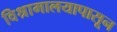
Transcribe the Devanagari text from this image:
विश्रामालयापासून